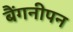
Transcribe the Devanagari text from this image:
बैंगनीपन